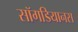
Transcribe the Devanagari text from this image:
सॉगडियानस